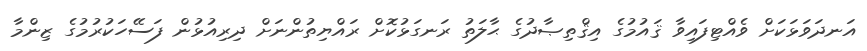
އަނދަވަޅަކަށް ވެއްޓިފައިވާ ޤައުމުގެ އިޤްތިޞާދުގެ ޙާލަތު ރަނގަޅުކޮށް ރައްޔިތުންނަށް ދިރިއުޅުން ފަސޭހަކުރުމުގެ ޒިންމާ